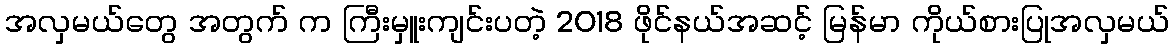
အလှမယ်တွေ အတွက် က ကြီးမှူးကျင်းပတဲ့ 2018 ဖိုင်နယ်အဆင့် မြန်မာ ကိုယ်စားပြုအလှမယ်